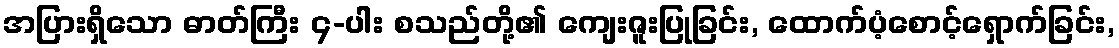
အပြားရှိသော ဓာတ်ကြီး ၄-ပါး စသည်တို့၏ ကျေးဇူးပြုခြင်း, ထောက်ပံ့စောင့်ရှောက်ခြင်း,